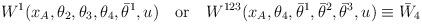
LaTeX: \begin{align*} W^1(x_A, \theta_2,\theta_3,\theta_4,\bar\theta^1,u)\quad \mbox{or} \quad W^{123}(x_A, \theta_4,\bar\theta^1,\bar\theta^2,\bar\theta^3,u)\equiv \bar W_4\end{align*}